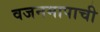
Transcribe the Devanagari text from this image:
वजनमापाची